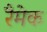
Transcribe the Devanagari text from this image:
रैमेक